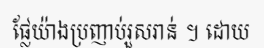
ផ្លែយ៉ាងប្រញាប់រួសរាន់ ។ ដោយ